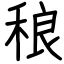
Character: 稂